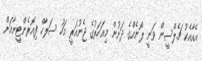
އެއާއެކު ޗެލްސީން ވަނީ ލޯނެއްގެ ދަށުން މިއަހަރުގެ ޖެނުއަރީ މަހު ސަލާހް ފިއޮރެންޓީނާއަށް